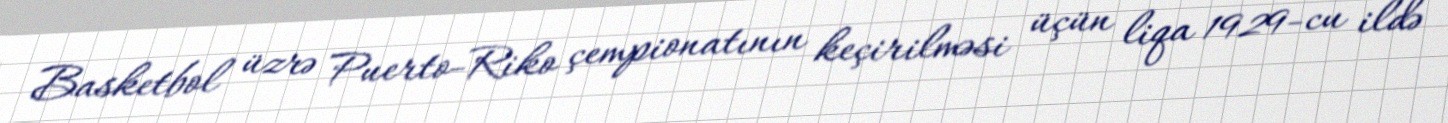
Basketbol üzrə Puerto-Riko çempionatının keçirilməsi üçün liqa 1929-cu ildə